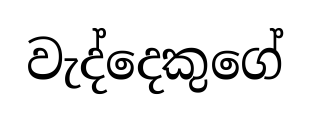
වැද්දෙකුගේ